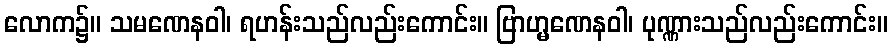
လောက၌။ သမဏေနဝါ၊ ရဟန်းသည်လည်းကောင်း။ ဗြာဟ္မဏေနဝါ၊ ပုဏ္ဏားသည်လည်းကောင်း။